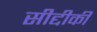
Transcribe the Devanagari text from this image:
सीद्दीकी